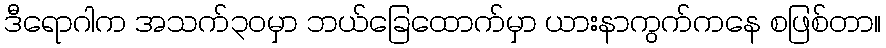
ဒီရောဂါက အသက်၃၀မှာ ဘယ်ခြေထောက်မှာ ယားနာကွက်ကနေ စဖြစ်တာ။